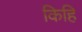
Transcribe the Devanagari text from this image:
किहि